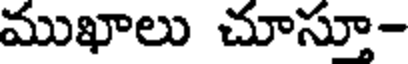
ముఖాలు చూస్తూ-